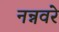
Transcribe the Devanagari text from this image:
नन्नवरे